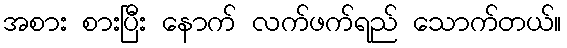
အစား စားပြီး နောက် လက်ဖက်ရည် သောက်တယ်။